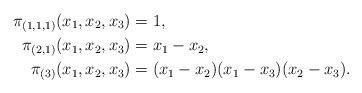
LaTeX: \begin{align*}\pi_{(1,1,1)}(x_1,x_2,x_3)&=1,\\\pi_{(2,1)}(x_1,x_2,x_3)&=x_1-x_2,\\\pi_{(3)}(x_1,x_2,x_3)&=(x_1-x_2)(x_1-x_3)(x_2-x_3).\end{align*}